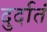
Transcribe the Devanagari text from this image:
दुर्दातं